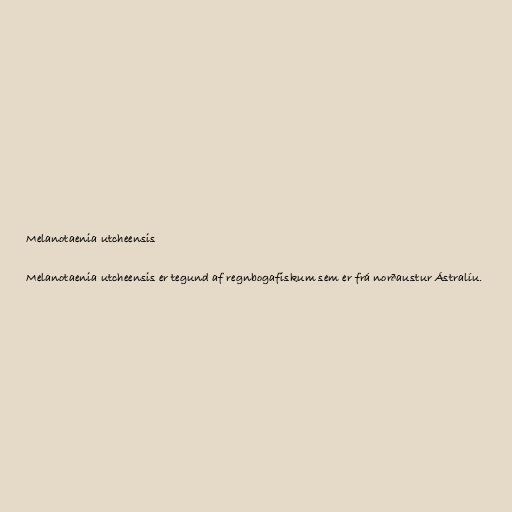
Melanotaenia utcheensis

Melanotaenia utcheensis er tegund af regnbogafiskum sem er frá norðaustur Ástralíu.